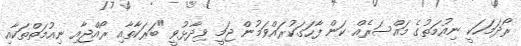
ރޯދަމަހަކީ ނިއުމަތުގެ މައްސަރެއް ކަން ފާހަގަކުރައްވަމުން ޖަމީ ވިދާޅުވީ "ބަރަކާތާއި ރޯއްޖާއި ނިއުމަތްތަކާއި